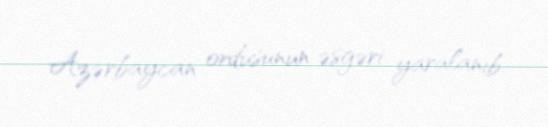
Azərbaycan ordusunun əsgəri yaralanıb.